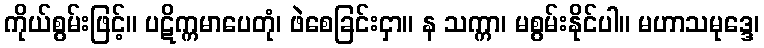
ကိုယ်စွမ်းဖြင့်။ ပဋိက္ကမာပေတုံ၊ ဖဲစေခြင်းငှာ။ န သက္ကာ၊ မစွမ်းနိုင်ပါ။ မဟာသမုဒ္ဒေ၊